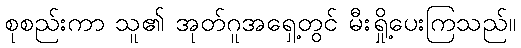
စုစည်းကာ သူ၏ အုတ်ဂူအရှေ့တွင် မီးရှို့ပေးကြသည်။